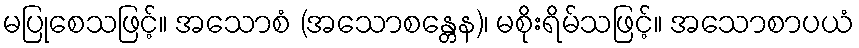
မပြုစေသဖြင့်။ အသောစံ (အသောစန္တေန)၊ မစိုးရိမ်သဖြင့်။ အသောစာပယံ